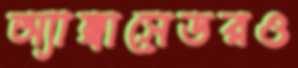
অ্যাম্বাসেডরও